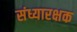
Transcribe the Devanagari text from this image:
संध्यारक्षक